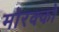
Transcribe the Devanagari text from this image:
मोरक्‍को